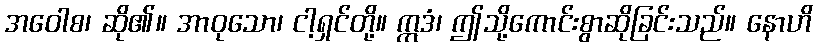
အဝေါစ၊ ဆို၏။ အာဝုသော၊ ငါ့ရှင်တို့။ ဣဒံ၊ ဤသို့ကောင်းစွာဆိုခြင်းသည်။ နောဟိ